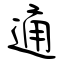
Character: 通